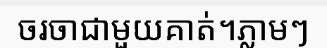
ចរចាជាមួយគាត់។ភ្លាមៗ